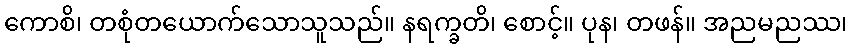
ကောစိ၊ တစုံတယောက်သောသူသည်။ နရက္ခတိ၊ စောင့်။ ပုန၊ တဖန်။ အညမညဿ၊